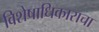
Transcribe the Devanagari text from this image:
विशेषाधिकाराचा